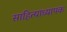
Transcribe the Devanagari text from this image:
साहित्याध्यापक